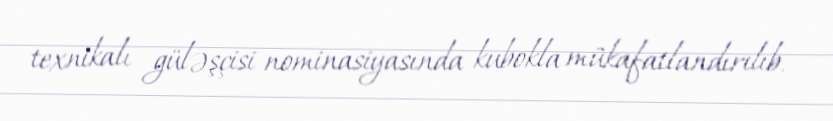
texnikalı güləşçisi nominasiyasında kubokla mükafatlandırılıb.